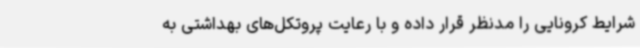
شرایط کرونایی را مدنظر قرار داده و با رعایت پروتکل‌های بهداشتی به